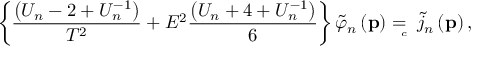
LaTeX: \left\{ \frac { \left( U _ { n } - 2 + U _ { n } ^ { - 1 } \right) } { T ^ { 2 } } + E ^ { 2 } \frac { \left( U _ { n } + 4 + U _ { n } ^ { - 1 } \right) } 6 \right\} \tilde { \varphi } _ { n } \left( \mathbf { p } \right) = { } _ { { } _ { \! \! \! \! \! \! \! c } } \; \, \tilde { j } _ { n } \left( \mathbf { p } \right) ,